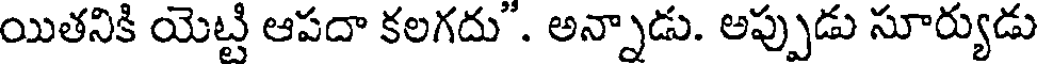
యితనికి యెట్టి ఆపదా కలగదు". అన్నాడు. అప్పుడు సూర్యుడు